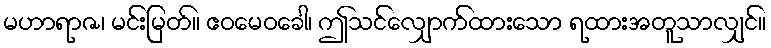
မဟာရာဇ၊ မင်းမြတ်။ ဧဝမေဝခေါ၊ ဤသင်လျှောက်ထားသော ရထားအတူသာလျှင်။